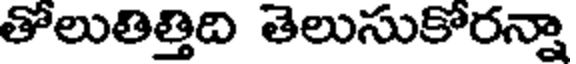
తోలుతిత్తిది తెలుసుకోరన్నా